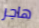
هاجر